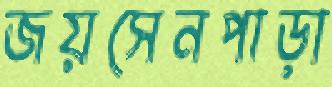
জয়সেনপাড়া